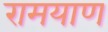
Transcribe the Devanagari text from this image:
रामयाण